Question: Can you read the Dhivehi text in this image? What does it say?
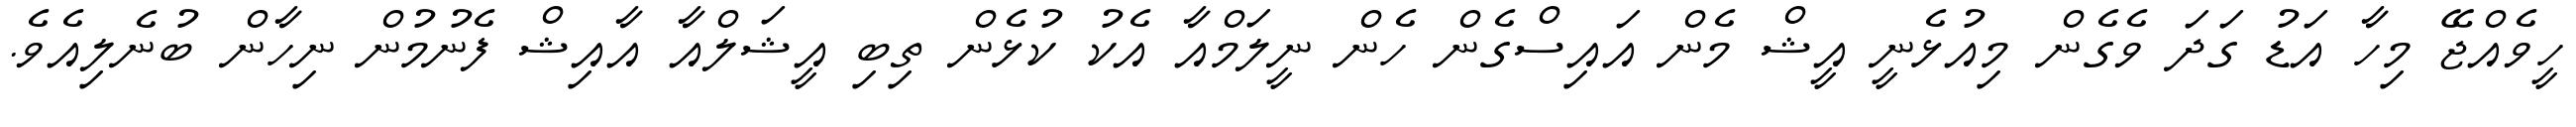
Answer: ހީވެއްޖޭ މިހާ އަޑު ގަދަ ވެގެން މިއުޅެނީ އީޝް މެން އައިސްގެން ހެން ނީލަމްއާ އެކު ކުޅެން ތިބި އީޝަލްއާ އާއިޝް ފެނުމުން ނިހާން ބުނެލިއެވެ.